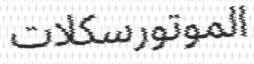
الموتورسكلات